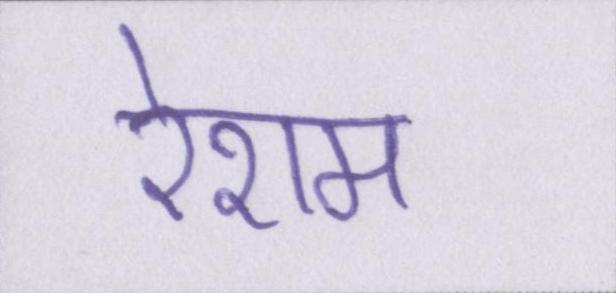
रेशम